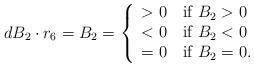
LaTeX: \begin{align*}\begin{aligned}dB_2\cdot r_6=B_2=\left\{ \begin{array}{ll} >0\quad\mbox{if} ~B_2>0\\ <0\quad\mbox{if} ~B_2<0\\ =0\quad\mbox{if} ~B_2=0. \end{array} \right.\end{aligned}\end{align*}